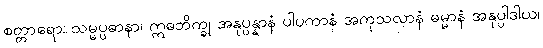
စတ္တာရော၊ သမ္မပ္ပဓာနာ၊ ဣဓဘိက္ခု အနုပ္ပန္နာနံ ပါပကာနံ အကုသလာနံ ဓမ္မာနံ အနုပ္ပါဒါယ၊